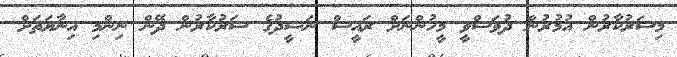
މިސަރުކާރުން އުމުރުން ދުވަސްވީ މީހުންނަށް ރައީސް ނަޝީދުގެ ސަރުކާރުން ދޭން ނިންމި އިނާޔަތަށް